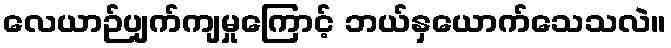
လေယာဉ်ပျက်ကျမှုကြောင့် ဘယ်နှယောက်သေသလဲ။